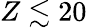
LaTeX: Z\lesssim 20